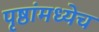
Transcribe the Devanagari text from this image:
पृष्ठांमध्येच